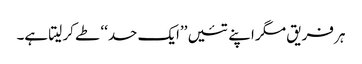
ہر فریق مگر اپنے تئیں ’’ایک حد‘‘ طے کر لیتا ہے۔